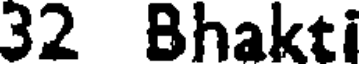
32 Bhakti